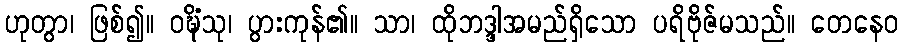
ဟုတွာ၊ ဖြစ်၍။ ဝဍ္ဎိံသု၊ ပွားကုန်၏။ သာ၊ ထိုဘဒ္ဒါအမည်ရှိသော ပရိဗိုဇ်မသည်။ တေနေဝ